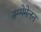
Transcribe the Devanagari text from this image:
सम्मेमेलन